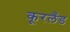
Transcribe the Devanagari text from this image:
कूरलँड